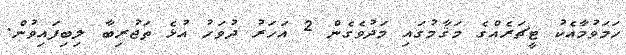
ހަމަވުމާއެކު ޓީޗަރެއްގެ މަޤާމުގައި މަދުވެގެން 2 އަހަރު ދުވަހު އުޅެ ތަޖުރިބާ ލިބިފައިވުން.